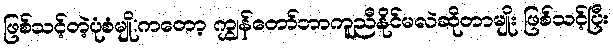
ဖြစ်သင့်တဲ့ပုံစံမျို:ကတော့ ကျွှန်တော်ဘာကူညီနိုင်မလဲဆိုတာမျိုး ဖြစ်သင့်ပြီး